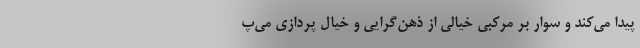
پیدا می‌کند و سوار بر مرکبی خیالی از ذهن‌گرایی و خیال پردازی می‌پ